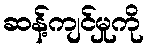
ဆန့်ကျင်မှုကို